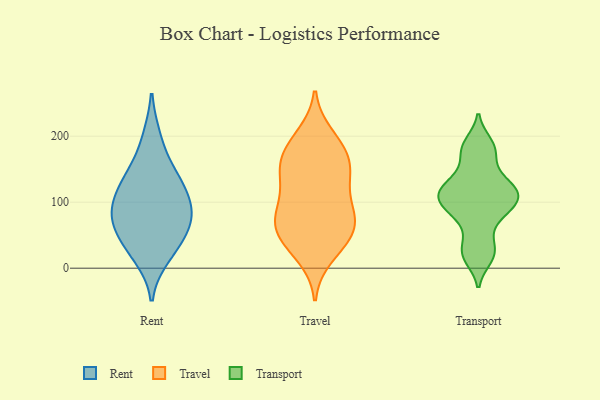
{"axis": {"x": "Budget (USD K)", "y": "Value"}, "legend": ["Rent", "Transport", "Travel"], "data": [{"x": "", "y": 140, "type": "Rent"}, {"x": "", "y": 79, "type": "Rent"}, {"x": "", "y": 88, "type": "Rent"}, {"x": "", "y": 40, "type": "Rent"}, {"x": "", "y": 124, "type": "Rent"}, {"x": "", "y": 82, "type": "Rent"}, {"x": "", "y": 84, "type": "Rent"}, {"x": "", "y": 19, "type": "Rent"}, {"x": "", "y": 43, "type": "Rent"}, {"x": "", "y": 135, "type": "Rent"}, {"x": "", "y": 196, "type": "Rent"}, {"x": "", "y": 99, "type": "Travel"}, {"x": "", "y": 36, "type": "Travel"}, {"x": "", "y": 134, "type": "Travel"}, {"x": "", "y": 149, "type": "Travel"}, {"x": "", "y": 68, "type": "Travel"}, {"x": "", "y": 44, "type": "Travel"}, {"x": "", "y": 200, "type": "Travel"}, {"x": "", "y": 97, "type": "Travel"}, {"x": "", "y": 147, "type": "Travel"}, {"x": "", "y": 151, "type": "Travel"}, {"x": "", "y": 68, "type": "Travel"}, {"x": "", "y": 87, "type": "Travel"}, {"x": "", "y": 63, "type": "Travel"}, {"x": "", "y": 19, "type": "Travel"}, {"x": "", "y": 163, "type": "Travel"}, {"x": "", "y": 186, "type": "Travel"}, {"x": "", "y": 185, "type": "Travel"}, {"x": "", "y": 56, "type": "Travel"}, {"x": "", "y": 110, "type": "Transport"}, {"x": "", "y": 181, "type": "Transport"}, {"x": "", "y": 42, "type": "Transport"}, {"x": "", "y": 181, "type": "Transport"}, {"x": "", "y": 106, "type": "Transport"}, {"x": "", "y": 90, "type": "Transport"}, {"x": "", "y": 110, "type": "Transport"}, {"x": "", "y": 98, "type": "Transport"}, {"x": "", "y": 102, "type": "Transport"}, {"x": "", "y": 22, "type": "Transport"}, {"x": "", "y": 189, "type": "Transport"}, {"x": "", "y": 81, "type": "Transport"}, {"x": "", "y": 122, "type": "Transport"}, {"x": "", "y": 16, "type": "Transport"}, {"x": "", "y": 75, "type": "Transport"}, {"x": "", "y": 23, "type": "Transport"}, {"x": "", "y": 129, "type": "Transport"}, {"x": "", "y": 127, "type": "Transport"}, {"x": "", "y": 130, "type": "Transport"}, {"x": "", "y": 163, "type": "Transport"}]}